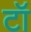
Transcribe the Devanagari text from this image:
टॉ